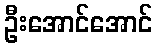
ဦးအောင်အောင်